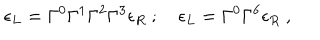
\epsilon _ { L } = \Gamma ^ { 0 } \Gamma ^ { 1 } \Gamma ^ { 2 } \Gamma ^ { 3 } \epsilon _ { R } \ ; \quad \epsilon _ { L } = \Gamma ^ { 0 } \Gamma ^ { 6 } \epsilon _ { R } \ ,